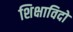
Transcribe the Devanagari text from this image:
शिक्षाविदो